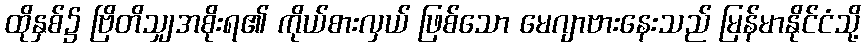
ထိုနှစ်၌ ဗြိတိသျှအစိုးရ၏ ကိုယ်စားလှယ် ဖြစ်သော မေဂျာဗားနေးသည် မြန်မာနိုင်ငံသို့